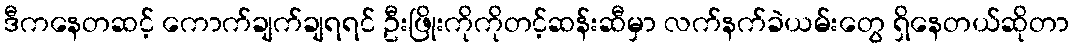
ဒီကနေတဆင့် ကောက်ချက်ချရရင် ဦးဖြိုးကိုကိုတင့်ဆန်းဆီမှာ လက်နက်ခဲယမ်းတွေ ရှိနေတယ်ဆိုတာ